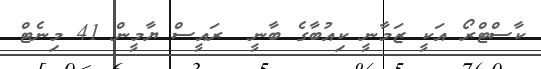
ކާސްޓްރޯ އަކީ ޒަމާނީ ކިއުބާގެ ބާނީ  ރައީސް ޔާމީން 41 މިނެޓް